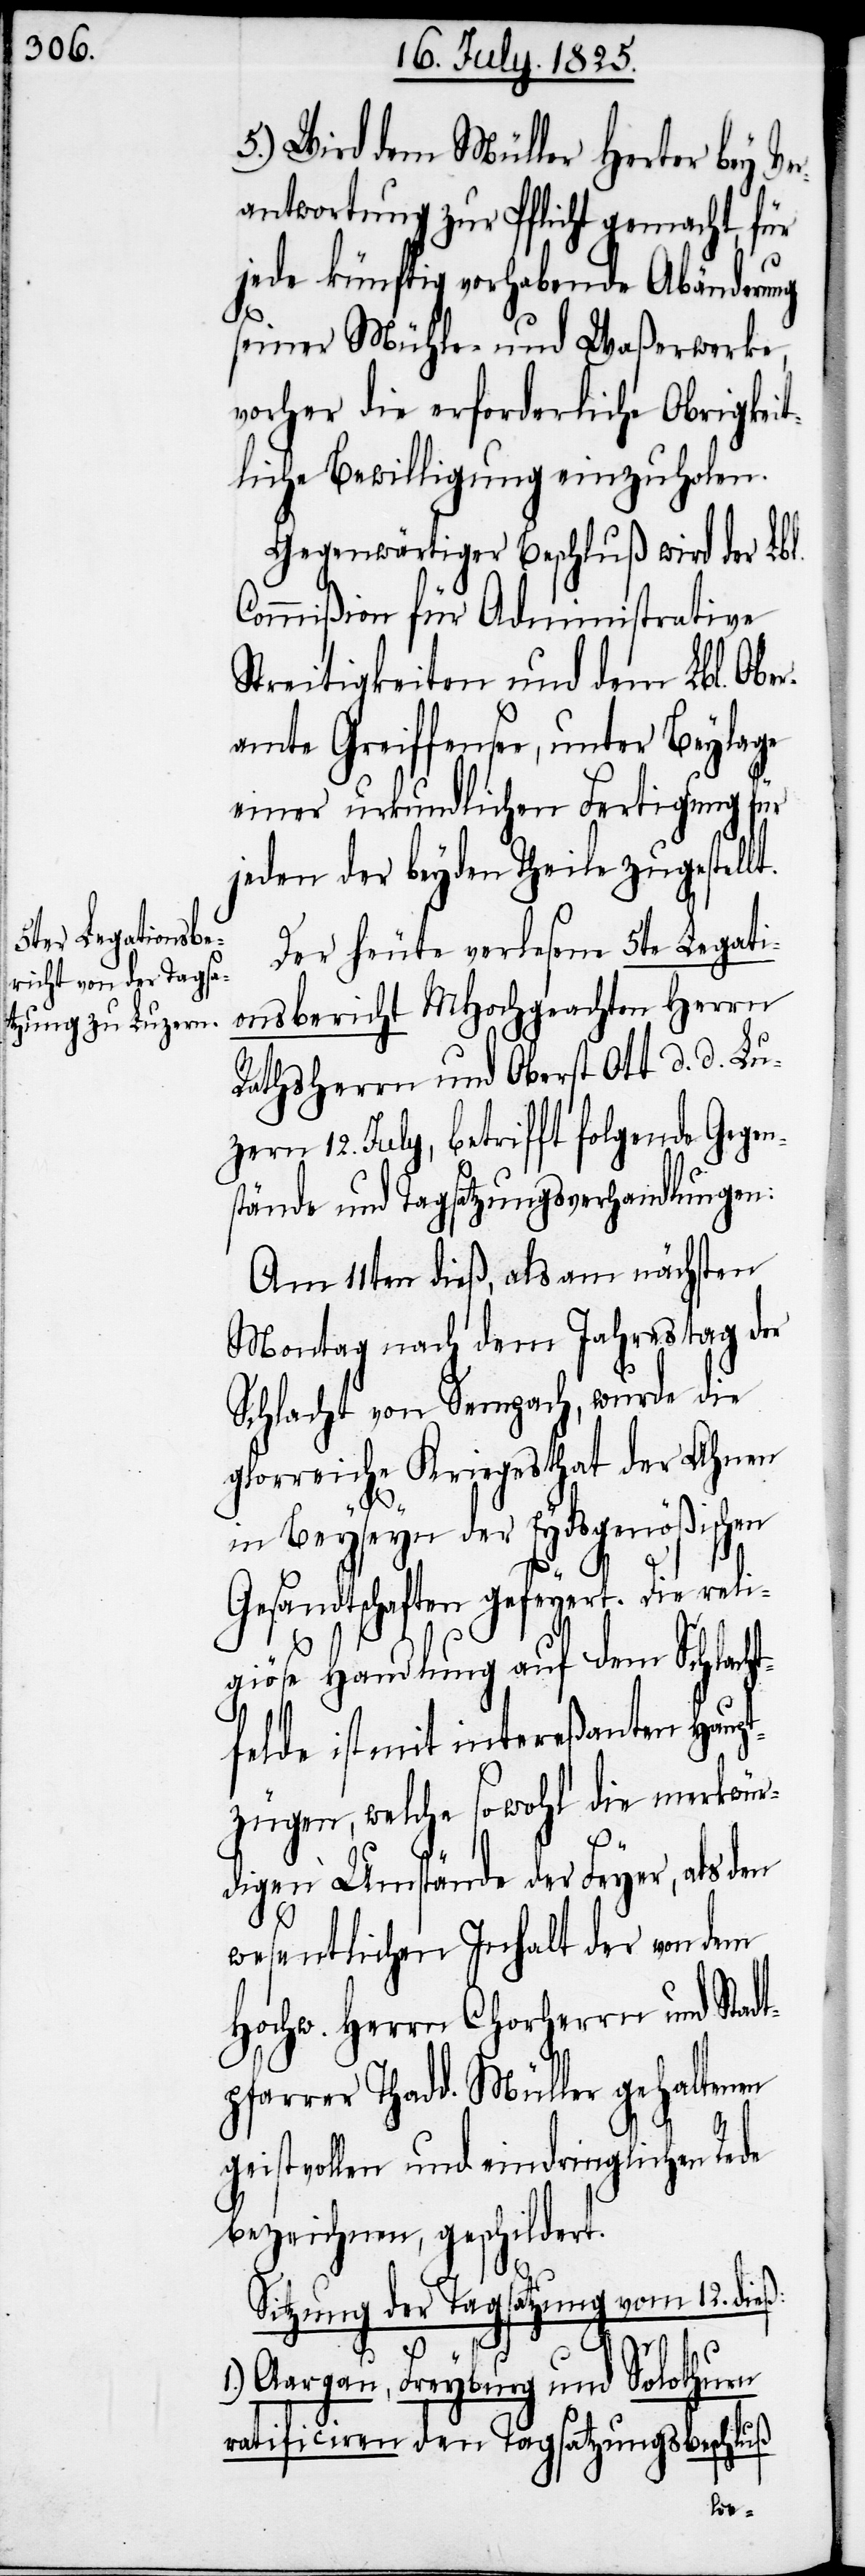
5.) Wird dem Müller Herter bey Ver¬
antwortung zur Pflicht gemacht, für
jede künftig vorhabende Abänderung
seiner Mühle- und Waßerwerke,
vorher die erforderliche Obrigkeit¬
liche Bewilligung einzuholen.
Gegenwärtiger Beschluß wird der Lbl.
Commißion für Administrative
Streitigkeiten und dem Lbl. Obe¬
ramte Greiffensee, unter Beylage
einer urkundlichen Fertigung für
jeden der beyden Theile zugestel¬
Der heute verlesene 5te Legati¬
onsbericht MHochgeachten Herrn
Rathsherrn und Oberst Ott d. d. Lu¬
zern 12. July, betrifft folgende Gegen¬
stände und Tagsatzungsverhandlungen:
Am 11ten dieß, als am nächsten
Montag nach dem Jahrestag der
Schlacht von Sempach, wurde die
glorreiche Kriegesthat der Ahnen
in Beyseyn der Eydsgenößischen
Gesandtschaften gefeyert. Die reli¬
giöse Handlung auf dem Schlach¬
tfelde ist mit intereßanten Haupt¬
zügen, welche sowohl die merkwür¬
digen Umstände der Feyer, als den
wesentlichen Inhalt der von dem
Hochw. Herrn Chorherrn und Stad¬
tpfarrer Thadd. Müller gehaltenen
geistvollen und eindringlichen Rede
bezeichnen, geschildert.
Sitzung der Tagsatzung vom 12. dieß:
1.)
Aargau, Freyburg, und Solothurn
ratificiren den Tagsatzungsbeschluß